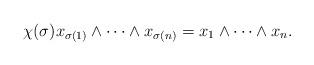
LaTeX: \begin{align*} \chi(\sigma) x_{\sigma(1)}\wedge \cdots \wedge x_{\sigma(n)}=x_1 \wedge \cdots \wedge x_n.\end{align*}